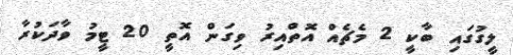
ލީގުގައި ބާކީ 2 މެޗެއް އޮތްއިރު ވިގަން އޮތީ 20 ޓީމު ވާދަކުރާ